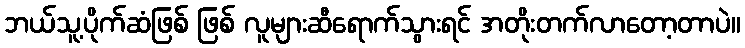
ဘယ်သူ့ပိုက်ဆံဖြစ် ဖြစ် လူများဆီရောက်သွားရင် အတိုးတက်လာတော့တာပဲ။